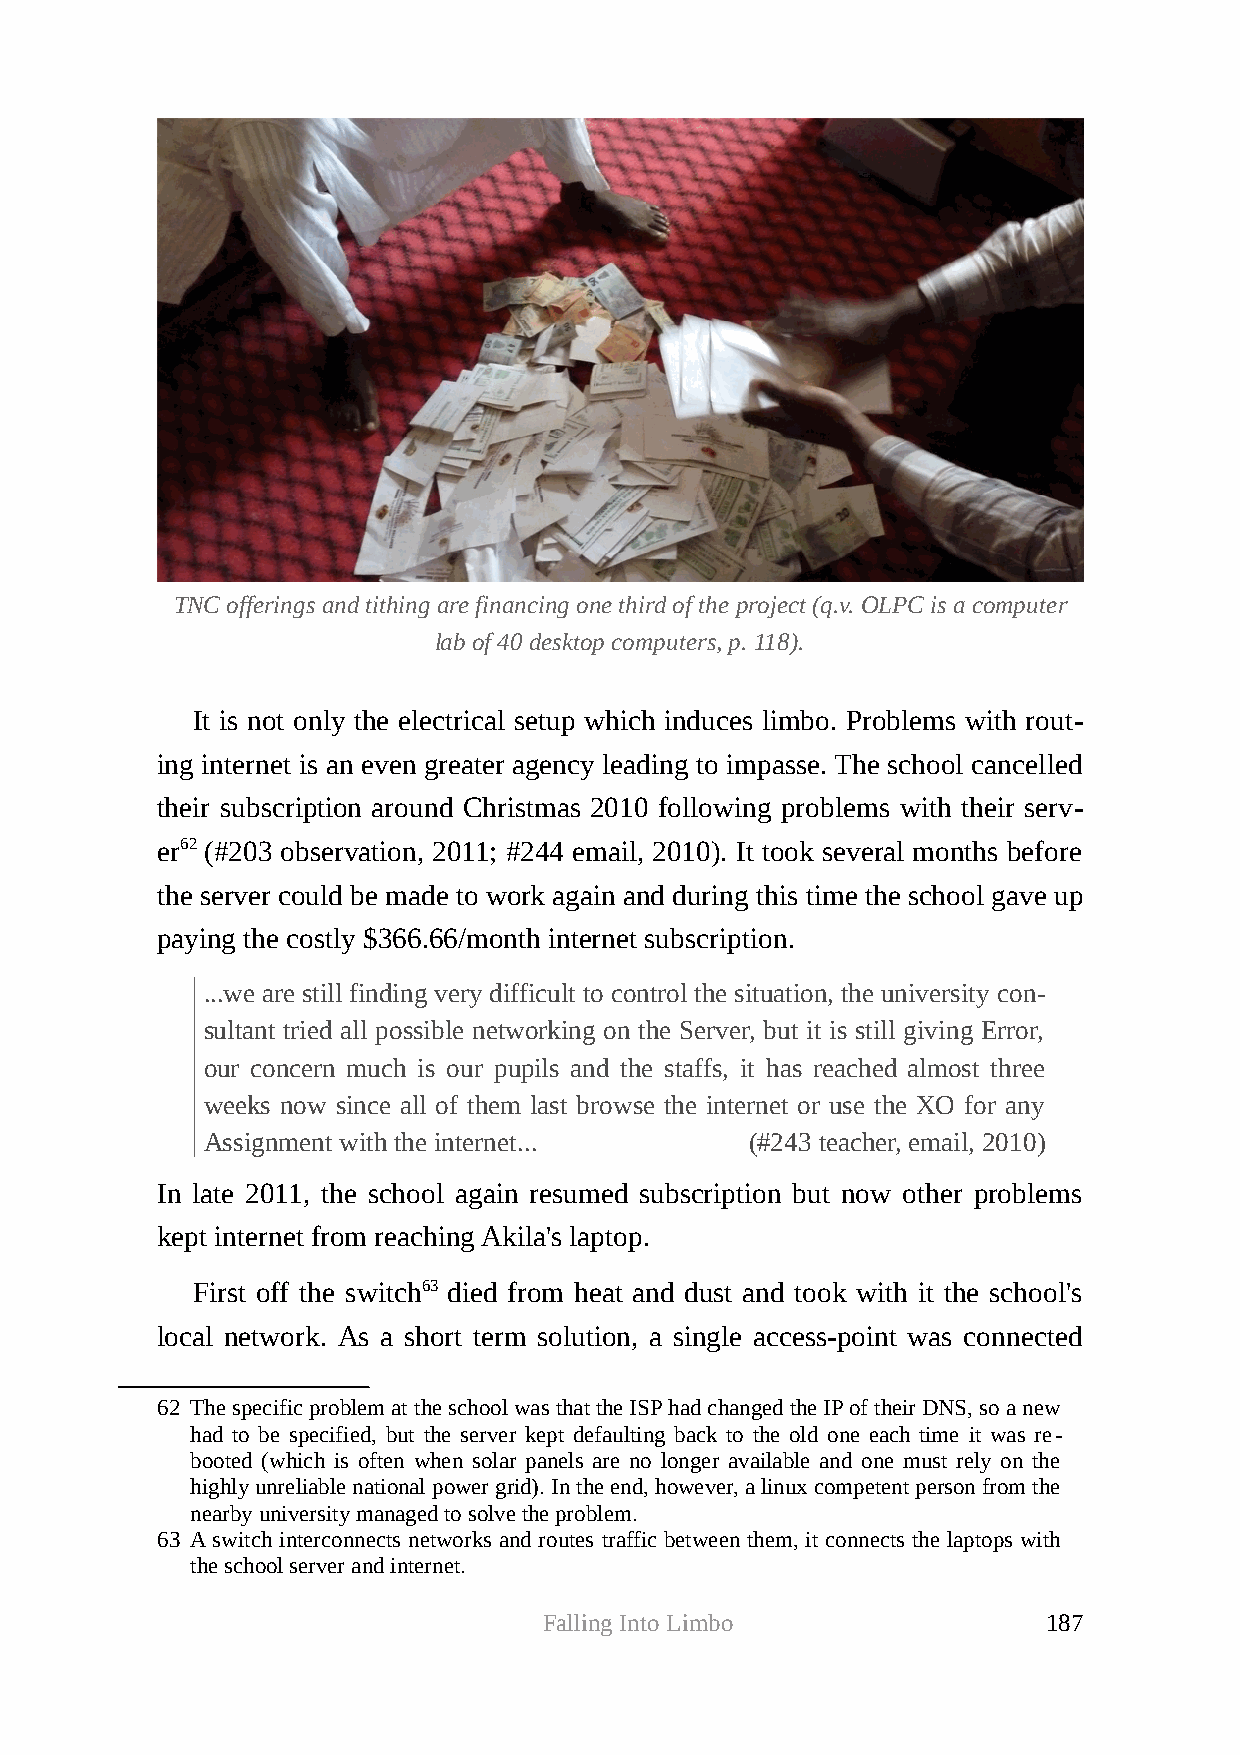
TNC offerings and tithing are financing one third of the project (q.v. OLPC is a computer
 lab of 40 desktop computers, p. 118).
 It is not only the electrical setup which induces limbo. Problems with rout-
 ing internet is an even greater agency leading to impasse. The school cancelled
 their subscription around Christmas 2010 following problems with their serv-
 er62 (#203 observation, 2011; #244 email, 2010). It took several months before
 the server could be made to work again and during this time the school gave up
 paying the costly $366.66/month internet subscription.
 ...we are still finding very difficult to control the situation, the university con-
 sultant tried all possible networking on the Server, but it is still giving Error,
 our concern much is our pupils and the staffs, it has reached almost three
 weeks now since all of them last browse the internet or use the XO for any
 Assignment with the internet...     (#243 teacher, email, 2010)
 In late 2011, the school again resumed subscription but now other problems
 kept internet from reaching Akila's laptop.
 First off the switch63 died from heat and dust and took with it the school's
 local network. As a short term solution, a single access-point was connected
 62 The specific problem at the school was that the ISP had changed the IP of their DNS, so a new
 had to be specified, but the server kept defaulting back to the old one each time it was re-
 booted (which is often when solar panels are no longer available and one must rely on the
 highly unreliable national power grid). In the end, however, a linux competent person from the
 nearby university managed to solve the problem.
 63 A switch interconnects networks and routes traffic between them, it connects the laptops with
 the school server and internet.
 Falling Into Limbo               187